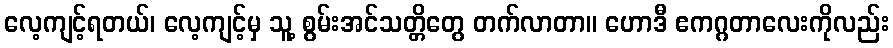
လေ့ကျင့်ရတယ်၊ လေ့ကျင့်မှ သူ့ စွမ်းအင်သတ္တိတွေ တက်လာတာ။ ဟောဒီ ဧကဂ္ဂတာလေးကိုလည်း